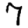
Digit: 7